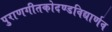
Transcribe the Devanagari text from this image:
पुराणगीतकोदण्डविद्यार्णव